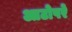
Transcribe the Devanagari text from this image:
आटोपरे